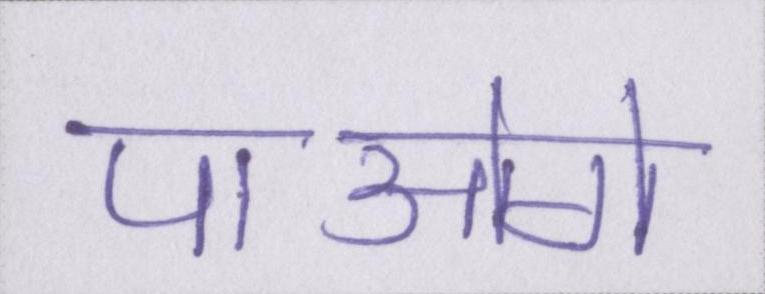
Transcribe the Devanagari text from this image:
पाओगे